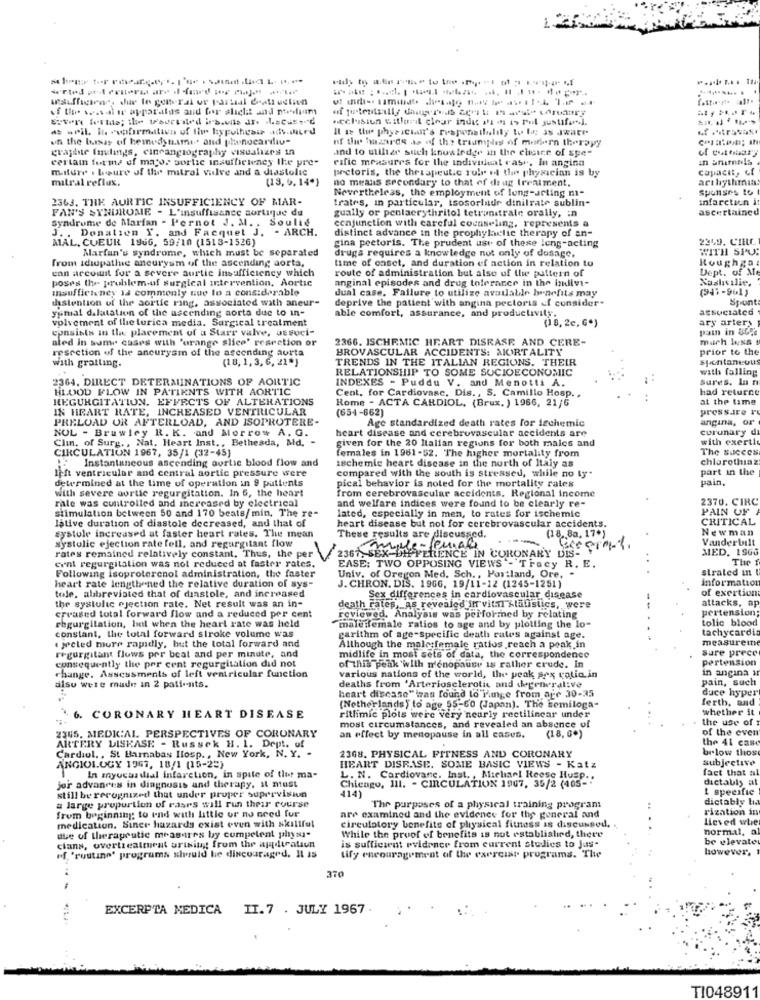
12
of the seas.il ie apparatus and for sliclit and medium
.eclesiun witluri clear inde ad ds is rul justfor].
d .Pil In confirmation of the hypothesis ads.iurd
Il Is the phys ichit's responsthaliy tu lo 3s Jwate
on the basis of hemodynami. and phwnocardio-
of the hazards as of the triumphes of modern therapy
graphie Inulings, cineangiography visualizes in
and to utilize such knowledge in the elcice of spe-
certain forms of mayor sortie insufficiency the pre-
rafic measures for the individual case, In angina
In animals
miture . boure of the mitral valve and a diastolic
pretoris, the therapeutic role of the physician is by
capacit, cf
mitral reflux.
(13.5.14*)
no means secondary to that of drug treatment.
arthythımın
Nevertheless, the employment of long-acting m-
sponses to
2363. THE AURTIC INSUFFICIENCY OF MAR-
trates, in particular, tsosoriade dinilrate sublin-
infarction it
FAN'S SYNDROME - L'insuffisance sortique du
gually or penlaerythritol tetrunstrale orally, in
ascertaincd
conjunction with careful counseling, represents a
syndrome de Marfan - Pernot J. M. . Soulie
J. . Donation Y. and Facquet J. - ARCH.
distinct advance in the prophylactic therapy of an-
MAL, CUEUR 1966, 59/10 (1518-1526)
2359. C'IRC
Marfan's syndrome, which must be separated
gina pectoris. The prudent use of these leng-acting
drugs requires a knowledge not only of dosage.
WITH SPUR
from idiopathic aneurysm of the ascending aorta,
time of caset, and duration of action in relation to
Roughgot
can arcoinit for a severe aurtic insufficiency which
route of administration but also of the pattern of
Dept. of Me
poses the problem-of surgical intervention, Aortic
anginal episodes and drug tolerance in the indivi-
Naalıcılie.
Insufficiency la commonly que lo a considerable
dual case. Failure to utilize available benefits may
(24%-961)
thstention of the aortic ring, associated with aneur-
deprive the patient with angina pectoris ef consider-
Spont
ypmal dalatation of the ascending aorta due to in-
able comfort, assurance, and productivity.
associated
volvement of the turica media. Surgical treatment
(8, 2c, G*)
ary artery
consists in the placement of a Starr valve, JE soci-
pain in &55
aled in some cases with 'orange slice' resection or
2366. ISCHEMIC HEART DISEASE AND CERE-
much less
resection of the aneurysm of the ascending aurta
BROVASCULAR ACCIDENTS: MORTALITY
prior to the
(18, 1, 3, 6, 21*)
TRENDS IN THE ITALIAN REGIONS. THEIR
spontaneous
with grailing.
RELATIONSHIP TO SOME SOCIOECONOMIC
with falling
2364. DIRECT DETERMINATIONS OF AORTIC
INDEXES - Puddu V. and Menotti A.
Sures, In n
BLOOD FLOW IN PATIENTS WITH AORTIC
had returne
HEGURGITATION. EFFECTS OF ALTERATIONS
Cent. for Cardiovasc, Dis ., S. Camillo Hosp .,
Rome - ACTA CARDIOL, (Brux. ) 1966, 21/6
at the time
IN HEART RATE, INCREASED VENTRICULAR
(654-662)
pressIre r
PRELOAD OR AFTERLOAD, AND ISOPROTERE-
Age standardized death rates for ischemic
angina, or
NOL - Brawley R. K. and Morrow A. G.
heart disease and cerebrovascular accidents are
coronary di
Clin, of Surg ., Nat, Heart Inst ., Bethesda, Md. -
given for the 20 Italian regions for both males and
with exerti
CIRCULATION 1967, 35/1 (32-45)
females in 1961-52. The higher mortality from
The succes
Instantaneous ascending aortic blood flow and
ischemie heart disease in the north of Italy as
chlorothiaz
compared with the south is stressed, while no ty"
part in the
determined at the time of operation in 9 patients
left ventricular and central aortic pressure were
pical behavior is noted for the mortality rates
pain.
with severe aortic regurgitation. In 6, the heart
from cerebrovascular accidents. Regional income
rale was controlled and increased by electrical
and welfare indices were found to be clearly re-
2370. CIRC
stimulation between 50 and 170 beats/min. The re-
lated, especially in men, to rates for ischemic
PAIN OFF
lative duration of diastole decreased, and that of
CRITICAL
heart disease but not for cerebrovascular accidents.
(18.80, 17+)
Newman
systole increased at faster heart rates. The mean
systolic ejection rate fell, and regurgitant flow
These results are discussed.
Vanderbilt
rates remained relatively constant, Thus, the per
2367, SEX-OH FERENCE IN CORONARY DIS-
mule- square
MED. 19GG
cent regurgitalion was not reduced at faster rates.
The f
Following Isoproterenol administration, the faster
EASE: TWO OPPOSING VIEWS"- Tracy R. E.
straled in t
heart rate lengthened the relative duration of sys-
Univ. of Oregon Med. Sch ., Portland, Ore, -
information
tole, abbreviated that of diastole, and increased
J. CHRON. DIS. 1966, 19/11-12 (1245-1251)
of exertion
the systolic ejection rate. Net result was an in-
Sex differences in cardiovascular disease
attacks, ap
death rates, as revealed in vital statistics, were
pertension;
creased total forward flow and a reduced per cent
regurgitation, but when the heart rate was held
reviewed. Analysis was performed by relating
tolic blood
constant, the total forward stroke volume was
male female ratios to age and by plotting the lo-
tachycardia
carithm of age-specific death rates against age.
measureme
. jected more rapidly, but the total forward and
Although the malesfemale ratios reach a peak in
sure prece
consequently the per cent regurgitation did not
regurgitant flows por beat and per minute, and
midlife in most sets of data, the correspondence
pertension
of this peak with menopause is rather crude. In
in angina a
change, Assessments of left ventricular function
various nations of the world, the peak sex ratio in
pain, such
alsu were made in 2 patients.
deaths from 'Arteriosclerotic and degenerative
duce hyper
heart disease" izas found lo range from age 30-35
ferth, and
(Netherlands ) to age 55-60 (Japan). The semiloga-
whether it
6. CORONARY HEART DISEASE
ritlimic plots were very nearly rectilinear under
the use of
2345, MEDICAL PERSPECTIVES OF CORONARY
most circumstances, and revealed an absence of
of the even
an effect by menopause in all cases.
(18, G*)
the 41 case
ARTERY DISEASE - Russek H. 1. Dept. of
brlow those
Cardiol .. St Barnabas Ilosp. , New York, N. Y. -
2368. PHYSICAL FITNESS AND CORONARY
subjective
ANGIOLOGY 1967, 18/1 (15-25)
HEART DISEASE. SOME BASIC VIEWS - Katz
fact that al
In myocardial infarction, in spite of the ma-
L. N. Cardiovane, Inst. , Michael Reese Husp ..
Chicago, 111. - CIRCULATION 1967, 35/2 (405-"
dictably at
jor advances in diagnosis and therapy, it must
414)
! specific
still be recognized that under proper supervision
dictably la
a large proportion of rasrs will run their course
The purposes of a physical training programs
rization in
from beginning to end with little or no need for
are examined and the evidence for the general and
Lieved whe
medication. Siner hazards exist even with skillful
circulatory benefits of plysical fitness is discussed.
normal, al
due of therapeutic measures by competent plyn"
clans, overtreatment arising from the application
While the proof of benefits is not establislind, there
is sufficient evidence from current studies to Jus-
be elevate
however.
of 'routine' programs siwould be discouraged. IL is
tify encouragement of the exercise programs. The
370
EXCERPTA MEDICA II.7 . JULY 1967.
TI048911